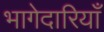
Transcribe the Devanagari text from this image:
भागेदारियाँ